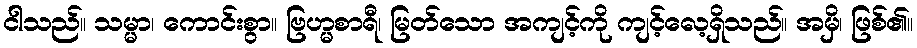
ငါသည်။ သမ္မာ၊ ကောင်းစွာ။ ဗြဟ္မစာရီ၊ မြတ်သော အကျင့်ကို ကျင့်လေ့ရှိသည်။ အမှိ၊ ဖြစ်၏။